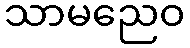
သာမညေဝ